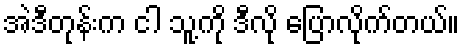
အဲဒီတုန်းက ငါ သူ့ကို ဒီလို ပြောလိုက်တယ်။